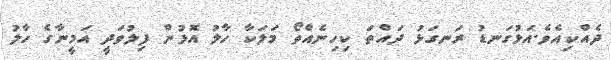
ދެއްކިއެވެ.އަޅުގަނޑު ރަނގަޅު ދައްތަ ކިހިނެއްތޯ މަލަކާ ހާލު އޮޅުން ފިލުވަދީ އަމީނާގެ ހާލު